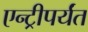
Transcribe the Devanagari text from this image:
एन्ट्रीपर्यंत